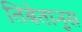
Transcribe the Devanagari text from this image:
तिबेतानुस